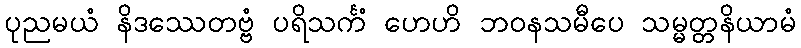
ပုညမယံ နိဒဿေတဗ္ဗံ ပရိသင်္ကံ ဟေဟိ ဘဝနသမီပေ သမ္မတ္တနိယာမံ